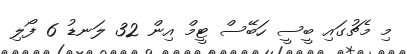
މި މެޗުގައި ބީސީ ހަބޭސް ޓީމް އިން 32 ލަނޑު 6 ފޯލި